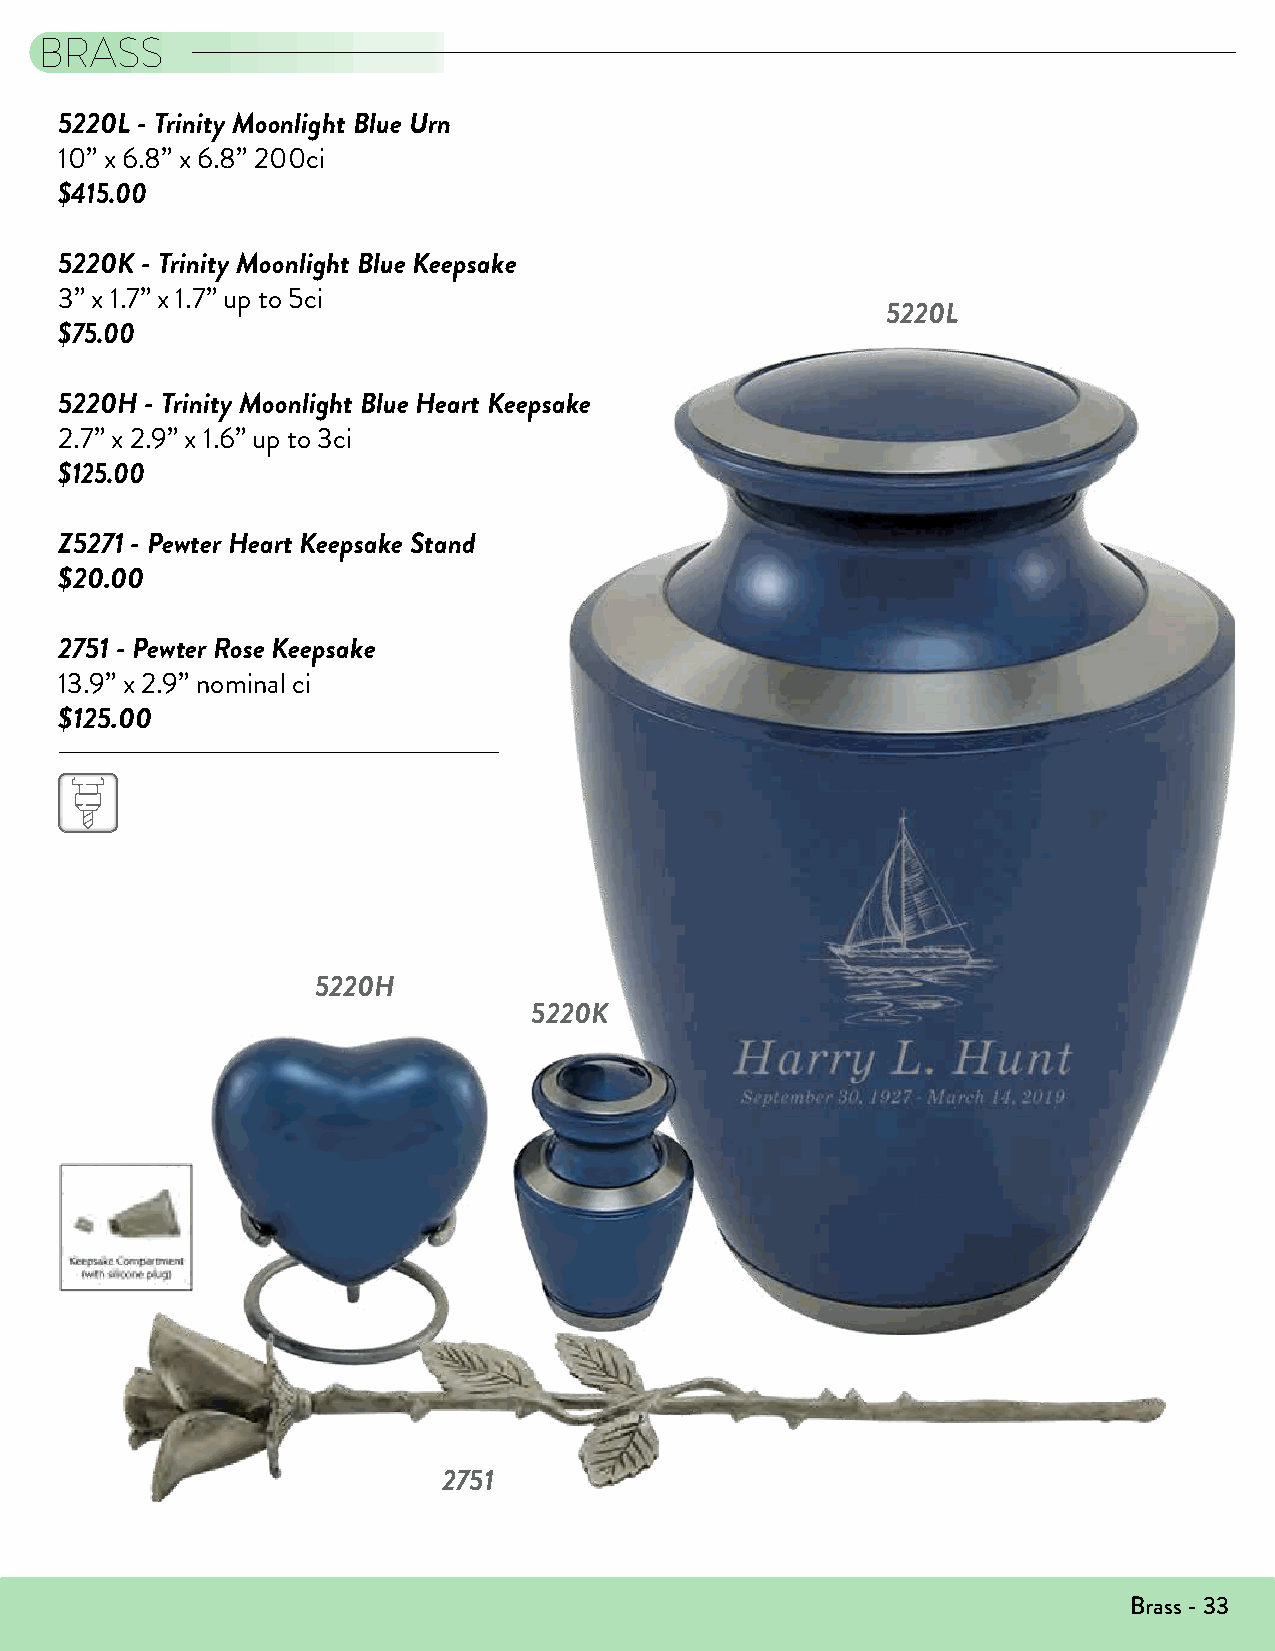
BRASS
 5220L - Trinity Moonlight Blue Urn
 10” x 6.8” x 6.8” 200ci
 $415.00
 5220K - Trinity Moonlight Blue Keepsake
 3” x 1.7” x 1.7” up to 5ci
 5220L
 $75.00
 5220H - Trinity Moonlight Blue Heart Keepsake
 2.7” x 2.9” x 1.6” up to 3ci
 $125.00
 Z5271 - Pewter Heart Keepsake Stand
 $20.00
 2751 - Pewter Rose Keepsake
 13.9” x 2.9” nominal ci
 $125.00
 5220H
 5220K
 2751
 Brass - 33